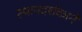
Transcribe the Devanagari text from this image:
स्थानदर्शकाने